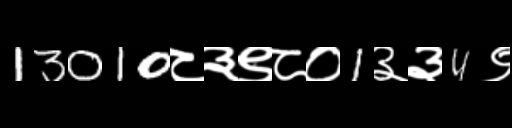
Text: 13010८३९८०1३३4९